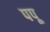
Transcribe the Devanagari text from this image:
पपू